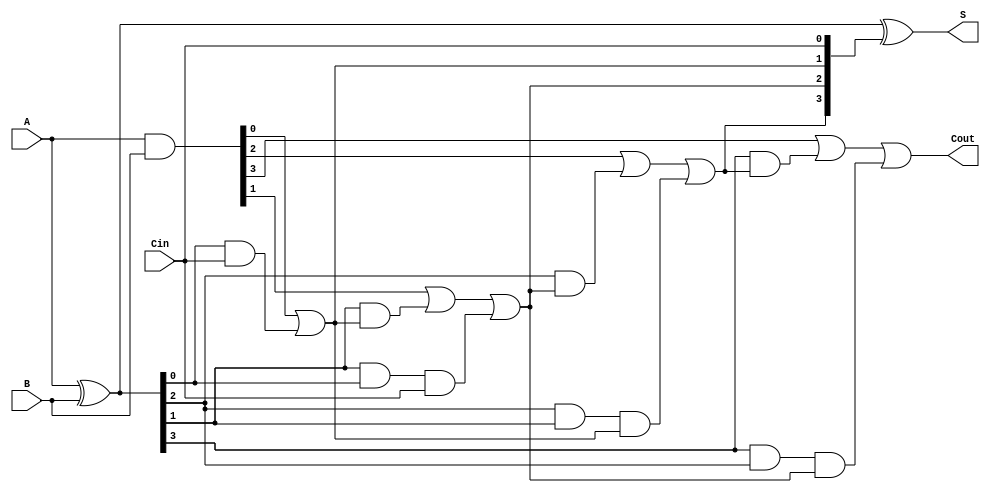
module SklanskyAdder #(parameter N = 4) (
    input [N-1:0] A, // First n-bit input
    input [N-1:0] B, // Second n-bit input
    input Cin,       // Carry-in input
    output [N-1:0] S,// Sum output
    output Cout      // Carry-out output
);

    wire [N-1:0] G; // Generate signals
    wire [N-1:0] P; // Propagate signals
    wire [N:0] C;   // Carry signals

    // Generate and propagate signals
    assign G = A & B;          // Generate
    assign P = A ^ B;          // Propagate

    // Carry signals
    assign C[0] = Cin;         // Initial carry is Cin
    genvar i;

    // Carry generation logic using the Sklansky method
    // Level 1
    for (i = 0; i < N; i = i + 1) begin: gen_carry_level_1
        if (i == 0) begin
            assign C[i + 1] = G[i] | (P[i] & C[i]);
        end else begin
            assign C[i + 1] = G[i] | (P[i] & C[i]) | (P[i] & P[i - 1] & C[i - 1]);
        end
    end

    // Sum calculation
    assign S = P ^ C[N-1:0]; // Sum bits

    // Final carry-out
    assign Cout = C[N];     // Final carry out

endmodule